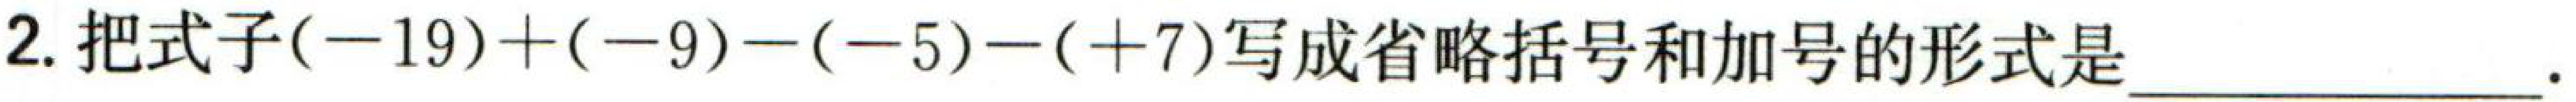
2. 把式子\((-19)+(-9)-(-5)-(+7)\)写成省略括号和加号的形式是  。